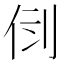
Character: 𠛷